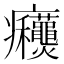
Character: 𰤋